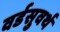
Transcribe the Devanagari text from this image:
वर्डसुवर्थ